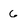
Character: 6